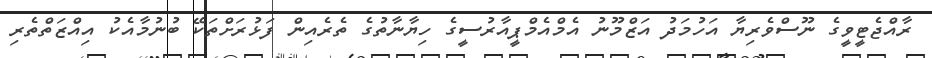
ރާއްޖެޓީވީގެ ނޫސްވެރިޔާ އަހުމަދު އަޒްމޫނު އެމްއެމްޕީއާރުސީގެ ހިޔާނާތުގެ ތެރެއިން ފަޅުރަށްތަކޭ ބުނުމާއެކު އިއްޒަތްތެރި